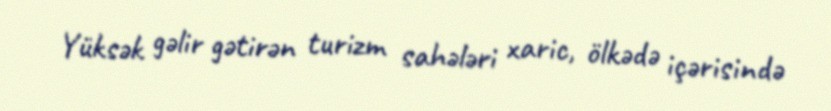
Yüksək gəlir gətirən turizm sahələri xaric, ölkədə içərisində